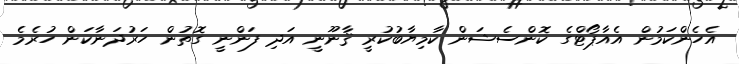
އެހެންކަމުން އެއާޕޯޓްގެ ކޮންސެޝަން ކާމިޔާބުކުރީ ޤާނޫނީ އަދި ފަންނީ ގޮތުން ހަރުދަނާކަން ހުރެމެ